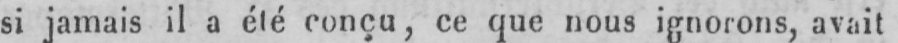
si jamais il a été conçu, ce que nous ignorons, avait